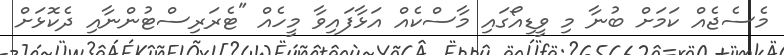
މެސެޖެއް ކަމަށް ބުނާ މި ވީޑިއޯގައި މާސްކެއް އަޅާފައިވާ މީހެއް "ޓެރަރިސްޓުންނާއި ދެކޮޅަށް